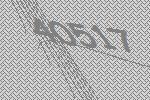
40517